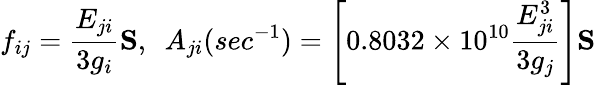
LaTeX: f_{ij}={\frac{E_{ji}}{3g_{i}}}{\mathbf S},~~A_{ji}(sec^{-1})=\left[0.8032\times 10^{10}{\frac{E_{ji}^{3}}{3g_{j}}}\right]{\mathbf S}